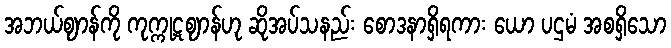
အဘယ်ဈာန်ကို ကုက္ကုဋဈာန်ဟု ဆိုအပ်သနည်း စောဒနာရှိရကား ယော ပဌမံ အစရှိသော